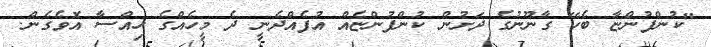
"ކުންފުންޏާ ބެހޭ ގާނޫނުގެ ދަށުން ކުންފުންޏެއް އުފެއްދެނީ ދެ މީހެއްގެ ހިއްސާ އޮވެގެން.